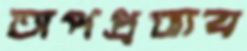
অপপ্রভাব